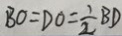
B O = D O = \frac { 1 } { 2 } B D